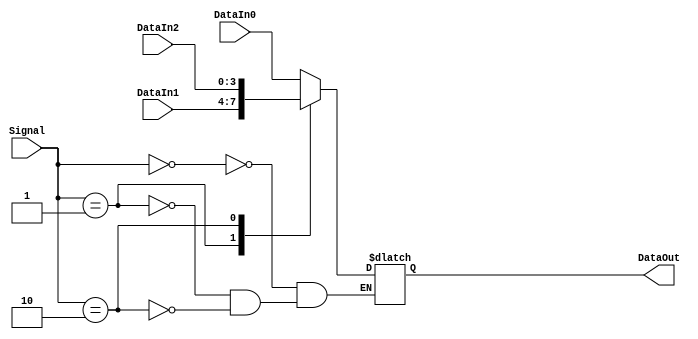
//`timescale 1ns / 1ps
//////////////////////////////////////////////////////////////////////////////////
// Company: BIT
// 
// Design Name: MUX4
// Module Name: MUX4
// Project Name: Single cycle mips cpu
// Target Devices: 
// Tool Versions: vivado 2019.2
// Description: select data by the signal
// 
// Dependencies: 
// 
// Revision:
// Revision 0.01 - File Created
// Additional Comments:
// 
//////////////////////////////////////////////////////////////////////////////////

//because we only select from 3 data,so i delete one input
module MUX4 #(parameter bits = 4)(
    input [bits-1:0] DataIn0,
    input [bits-1:0] DataIn1,
    input [bits-1:0] DataIn2,
    input [1:0] Signal,
    output reg[bits-1:0] DataOut
    );
    
    always @(*) begin
        case (Signal)
            2'b00: DataOut <= DataIn0;
            2'b01: DataOut <= DataIn1;
            2'b10: DataOut <= DataIn2;
            default: ;
        endcase
    end
    
endmodule